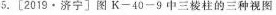
5.[2019·济宁]图K-40-9中三棱柱的三种视图